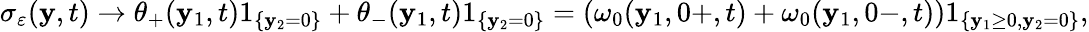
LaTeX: \sigma_{\varepsilon}(\mathbf{y},t)\to\theta_{+}(\mathbf{y}_{1},t)1_{\{ \mathbf{y}_{2}=0\} }+\theta_{-}(\mathbf{y}_{1},t)1_{\{ \mathbf{y}_{2}=0\} }=(\omega_{0}(\mathbf{y}_{1},0+,t)+\omega_{0}(\mathbf{y}_{1},0-,t))1_{\{ \mathbf{y}_{1}\geq0,\mathbf{y}_{2}=0\} },